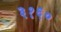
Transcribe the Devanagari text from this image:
३१६०